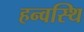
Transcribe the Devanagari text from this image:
हन्वस्थि